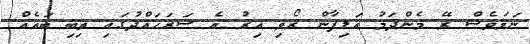
ނަމަވެސް ރޭ މެންދަމު އަލިފާން ރޯވި އިރު އެ ސަރަހައްދުގައި ތިބި ބައެއް